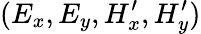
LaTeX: (E_{x},E_{y},H_{x}^{\prime},H_{y}^{\prime})